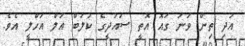
އަދި ތިން ވަނަ ގައޮ އޮތީ ސައުދީގެ ކުލަބް އަލް އަހްލީ އެވެ.